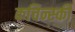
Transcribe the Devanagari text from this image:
कचिन्स्की